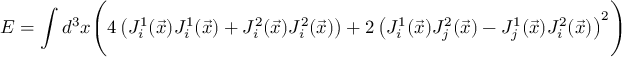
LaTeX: E = \int d ^ { 3 } x \Biggl ( 4 \left( J _ { i } ^ { 1 } ( \vec { x } ) J _ { i } ^ { 1 } ( \vec { x } ) + J _ { i } ^ { 2 } ( \vec { x } ) J _ { i } ^ { 2 } ( \vec { x } ) \right) + 2 \left( J _ { i } ^ { 1 } ( \vec { x } ) J _ { j } ^ { 2 } ( \vec { x } ) - J _ { j } ^ { 1 } ( \vec { x } ) J _ { i } ^ { 2 } ( \vec { x } ) \right) ^ { 2 } \Biggr )